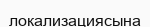
локализациясына